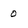
Character: 0